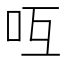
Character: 𠯞